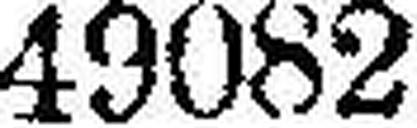
49082